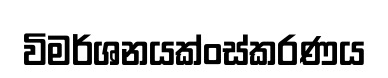
විමර්ශනයක්ංස්කරණය